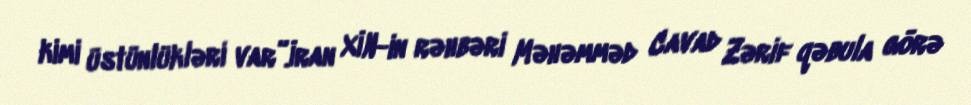
kimi üstünlükləri var”.İran XİN-in rəhbəri Məhəmməd Cavad Zərif qəbula görə